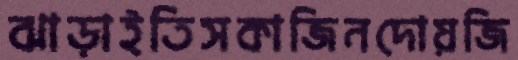
ঝাড়াইতিসকাজিনদোয়জি